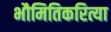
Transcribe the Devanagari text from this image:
भौमितिकरित्या